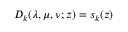
D _ { k } ( \lambda , \mu , \nu ; z ) = s _ { k } ( z )